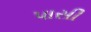
પાસી